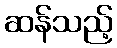
ဆန်သည့်